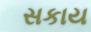
સકાય